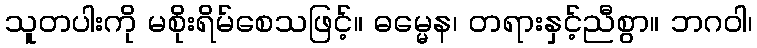
သူတပါးကို မစိုးရိမ်စေသဖြင့်။ ဓမ္မေန၊ တရားနှင့်ညီစွာ။ ဘဂဝါ၊